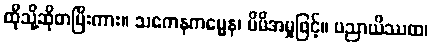
ထိုသို့ဆိုတပြီးကား။ သကေနကမ္မေန၊ မိမိအမှုဖြင့်။ ပညာယိဿထ၊